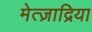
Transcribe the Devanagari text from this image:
मेत्ज़ाद्रिया